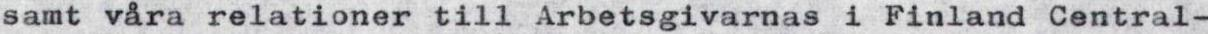
samt våra relationer till Arbetsgivarnas i Finland Central-